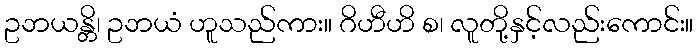
ဥဘယန္တိ၊ ဥဘယံ ဟူသည်ကား။ ဂိဟီဟိ စ၊ လူတို့နှင့်လည်းကောင်း။